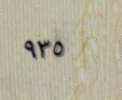
٩٣٥